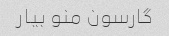
گارسون منو بیار